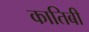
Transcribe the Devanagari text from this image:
कातिबी